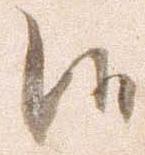
候